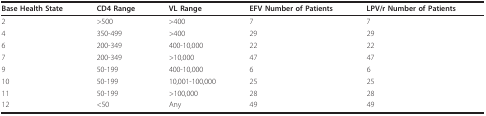
<table><thead><tr><td><b>Base Health State</b></td><td><b>CD4 Range</b></td><td><b>VL Range</b></td><td><b>EFV Number of Patients</b></td><td><b>LPV/r Number of Patients</b></td></tr></thead><tbody><tr><td>2</td><td>&gt;500</td><td>&gt;400</td><td>7</td><td>7</td></tr><tr><td>4</td><td>350-499</td><td>&gt;400</td><td>29</td><td>29</td></tr><tr><td>6</td><td>200-349</td><td>400-10,000</td><td>22</td><td>22</td></tr><tr><td>7</td><td>200-349</td><td>&gt;10,000</td><td>47</td><td>47</td></tr><tr><td>9</td><td>50-199</td><td>400-10,000</td><td>6</td><td>6</td></tr><tr><td>10</td><td>50-199</td><td>10,001-100,000</td><td>25</td><td>25</td></tr><tr><td>11</td><td>50-199</td><td>&gt;100,000</td><td>28</td><td>28</td></tr><tr><td>12</td><td>&lt;50</td><td>Any</td><td>49</td><td>49</td></tr></tbody></table>